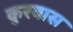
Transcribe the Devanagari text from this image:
कुरवास